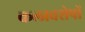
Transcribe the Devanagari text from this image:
कलावशेषों